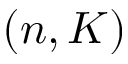
( n , K )